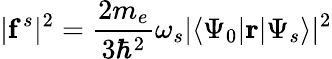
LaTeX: |\mathbf{f}^{s}|^{2}=\frac{2m_{e}}{3\hbar^{2}}\omega_{s}|\langle\Psi_{0}|\mathbf{r}|\Psi_{s}\rangle|^{2}